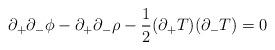
LaTeX: \begin{align*}\partial_+\partial_- \phi -\partial_+\partial_- \rho -\frac{1}{2}(\partial_+T)(\partial_-T)=0 \end{align*}